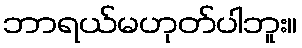
ဘာရယ်မဟုတ်ပါဘူး။